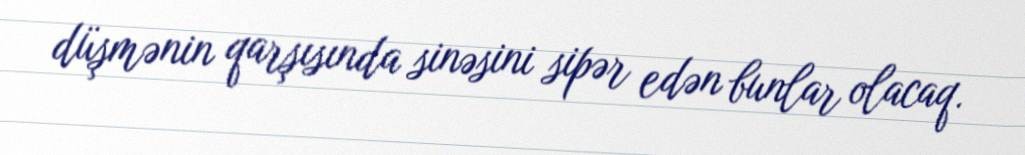
düşmənin qarşısında sinəsini sipər edən bunlar olacaq.